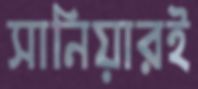
সানিয়ারই